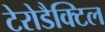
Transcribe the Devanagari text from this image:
टेरोडैक्टिल